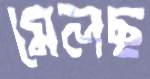
মেলছ